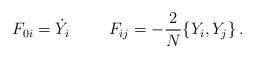
LaTeX: \begin{align*}F_{0i} = \dot{Y}_i \hskip 1.0 cm F_{ij} = - {2 \over N} \{Y_i,Y_j\}\,.\end{align*}